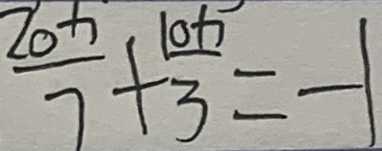
\frac { 2 0 x } { 7 } + \frac { 1 0 x } { 3 } = - 1